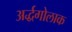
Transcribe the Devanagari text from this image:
अर्द्धगोलाक